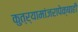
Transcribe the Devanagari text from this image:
कुत्र्यामांजरापेक्षाही